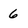
Character: 6